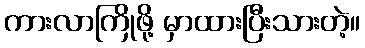
ကားလာကြိုဖို့ မှာထားပြီးသားတဲ့။